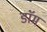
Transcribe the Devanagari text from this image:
डाॅम